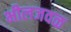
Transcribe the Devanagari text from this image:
भीलजवळ